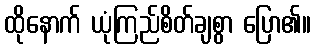
ထိုနောက် ယုံကြည်စိတ်ချစွာ ပြော၏။